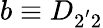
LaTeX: b\equiv D_{2^{'}2}